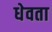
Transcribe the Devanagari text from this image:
धेवता